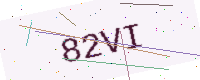
Text: 82VI